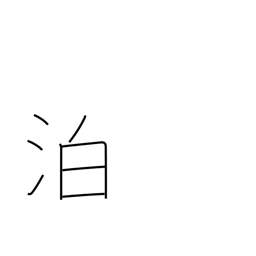
Meaning: ride at anchor